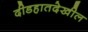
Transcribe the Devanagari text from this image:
दीडहातदेखील